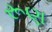
રૂણ